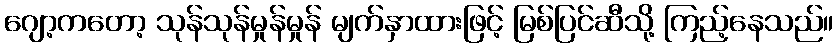
ဂျော့ကတော့ သုန်သုန်မှုန်မှုန် မျက်နှာထားဖြင့် မြစ်ပြင်ဆီသို့ ကြည့်နေသည်။